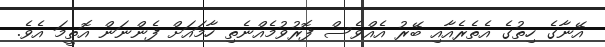
އޭނާގެ ހިތުގެ އެތެރެއާއި ބޭރު އެއްވެެސް ފޮރުވުމެއްނެތި ހާމައަށް ފެންނަން އޮތީމަ އެވެ.